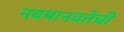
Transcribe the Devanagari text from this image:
नवमानवतेची